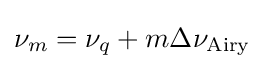
\nu _{m}=\nu _{q}+m\Delta \nu _{\rm {Airy}}